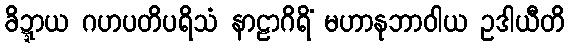
ခိဍ္ဍာယ ဂဟပတိပရိသံ နာဠာဂိရိံ မဟာနုဘာဝါယ ဥဒါယီတိ